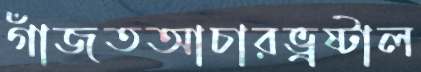
গাঁজতআচারভ্রষ্টাল